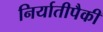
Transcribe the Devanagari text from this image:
निर्यातीपैकी